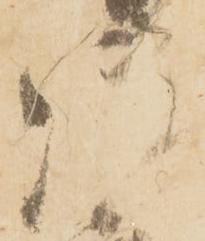
御